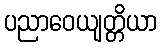
ပညာဝေယျတ္တိယာ